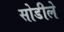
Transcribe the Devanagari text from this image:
सोडीले